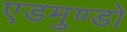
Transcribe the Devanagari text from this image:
एडमुण्डो